Indian journal of veterinary science and animal husbandry - Volumes 28-29, 1958-1959
Year: 1958
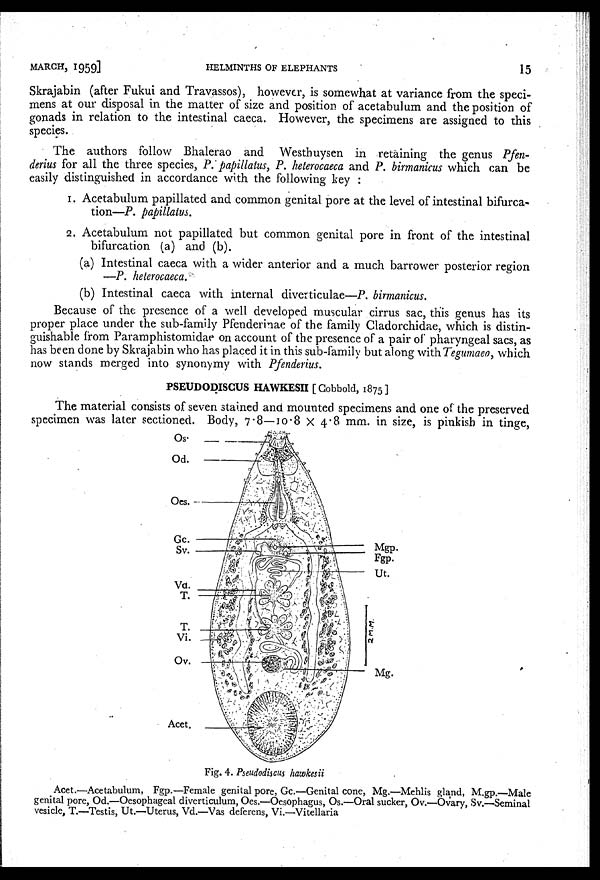
MARCH,
1959]
HELMINTHS OF ELEPHANTS
15
Skrajabin (after Fukui and Travassos), however, is somewhat at variance from the speci-
mens at our disposal in the matter of size and position of acetabulum and the position of
gonads in relation to the intestinal caeca. However, the specimens are assigned to this
species.
The authors follow Bhalerao and Westhuysen in retaining the genus Pfen-
derius for all the three species, P. papillatus, P. heterocaeca and P. birmanicus which can be
easily distinguished in accordance with the following key :
1. Acetabulum papillated and common genital pore at the level of intestinal bifurca-
tion—P. papillatus.
2. Acetabulum not papillated but common genital pore in front of the intestinal
bifurcation (a) and (b).
(a) Intestinal caeca with a wider anterior and a much barrower posterior region
—P. heterocaeca.
(b) Intestinal caeca with internal diverticulae—P. birmanicus.
Because of the presence of a well developed muscular cirrus sac, this genus has its
proper place under the sub-family Pfenderinae of the family Cladorchidae, which is distin-
guishable from Paramphistomidae on account of the presence of a pair of pharyngeal sacs, as
has been done by Skrajabin who has placed it in this sub-family but along with Tegumaeo, which
now stands merged into synonymy with Pfenderius.
PSEUDODISCUS HAWKESII [Cobbold, 1875]
The material consists of seven stained and mounted specimens and one of the preserved
specimen was later sectioned. Body, 7.8—10.8 × 4.8 mm. in size, is pinkish in tinge,
Fig. 4. Pseudodiscus hawkesii
Acet.—Acetabulum, Fgp.—Female genital pore, Gc.—Genital cone, Mg.—Mehlis gland, M.gp.—Male
genital pore, Od.—Oesophageal diverticulum, Oes.—Oesophagus, Os.—Oral sucker, Ov.—Ovary, Sv.—Seminal
vesicle, T.—Testis, Ut.—Uterus, Vd.—Vas deferens, Vi.—Vitellaria